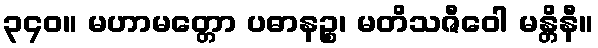
၃၄၀။ မဟာမတ္တော ပဓာနဉ္စ၊ မတိသဇီဝေါ မန္တိနီ။